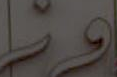
وز